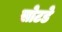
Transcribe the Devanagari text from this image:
सोटडे